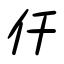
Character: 仟